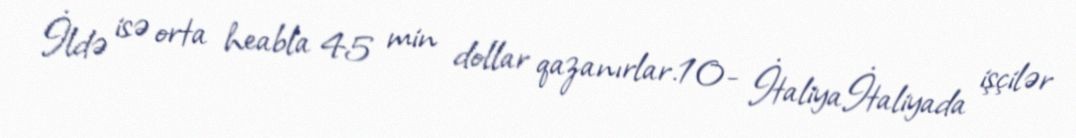
İldə isə orta heabla 45 min dollar qazanırlar.10- İtaliyaİtaliyada işçilər